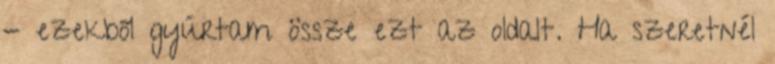
- ezekből gyúrtam össze ezt az oldalt. Ha szeretnél